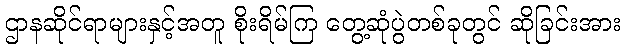
ဌာနဆိုင်ရာများနှင့်အတူ စိုးရိမ်ကြ တွေ့ဆုံပွဲတစ်ခုတွင် ဆိုခြင်းအား